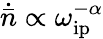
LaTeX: \dot{\bar{n}}\propto\omega_{\mathrm{ip}}^{-\alpha}